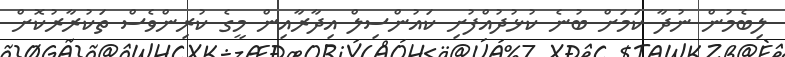
ލިބެމުން ނުދާ ކަމަށް ބުނެ ކުޅުދުއްފުށި ކައުންސިލް އިދާރާއިން މީގެ ކުރިންވެސް ތަކުރާރުކޮށް